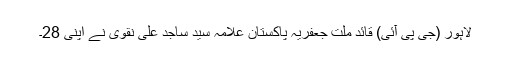
لاہور (جی پی آئی) قائد ملت جعفریہ پاکستان علامہ سید ساجد علی نقوی نے اپنی 28۔